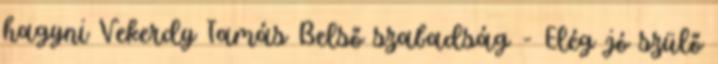
hagyni Vekerdy Tamás Belső szabadság - Elég jó szülő